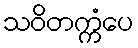
သဝိတက္ကံပေ